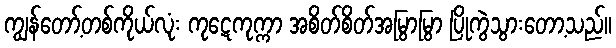
ကျွန်တော့်တစ်ကိုယ်လုံး ကုဋေကုက္ကာ အစိတ်စိတ်အမြွာမြွာ ပြိုကွဲသွားတော့သည်။